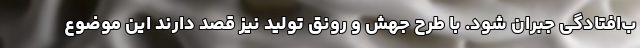
ب‌افتادگی جبران شود. با طرح جهش و رونق تولید نیز قصد دارند این موضوع